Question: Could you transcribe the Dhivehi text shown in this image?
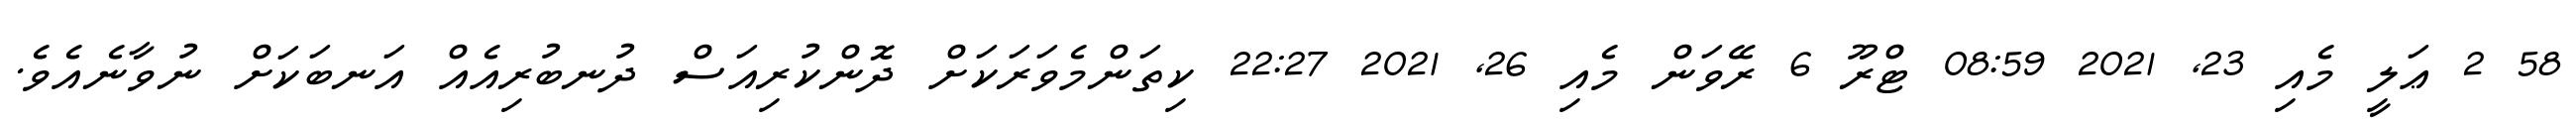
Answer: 58 2 ޢަލީ މެއި 23, 2021 08:59 ޓްރޫ 6 ރޭވަން މެއި 26, 2021 22:27 ކިތަންމެވަރަކަށް ދޮންކުރިއަސް ދުނބުރިއެއް އަނބަކަށް ނުވާނެއެވެ.